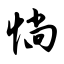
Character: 惝